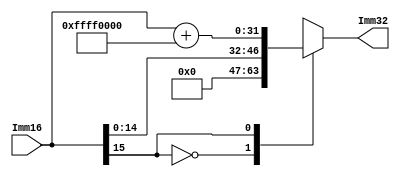
module signExt(Imm16, Imm32);
	input [15:0] Imm16;
	output reg [31:0] Imm32;
	
	always case(Imm16[15])
		0: Imm32 <= Imm16;
		1: Imm32 <= Imm16 + 32'hffff0000;
		default: Imm32 <= Imm16;
	endcase
endmodule